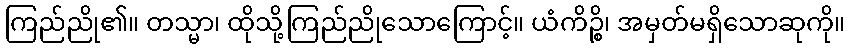
ကြည်ညို၏။ တသ္မာ၊ ထိုသို့ကြည်ညိုသောကြောင့်။ ယံကိဉ္စိ၊ အမှတ်မရှိသောဆုကို။